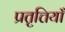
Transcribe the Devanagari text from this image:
प्रतृत्तियाँ